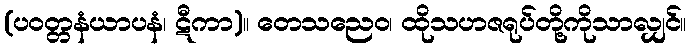
(ပဝတ္တနံယာပနံ၊ ဋီကာ)။ တေသညေဝ၊ ထိုသဟဇရုပ်တို့ကိုသာလျှင်။